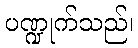
ပဏ္ဍုက်သည်၊